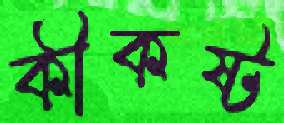
কীকষ্ট